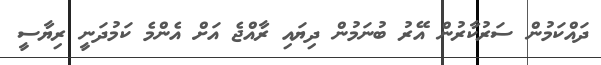
ދައްކަމުން ސަރުކާރުން އޭރު ބުނަމުން ދިޔައި ރާއްޖެ އަށް އެންމެ ކަމުދަނީ ރިޔާސީ